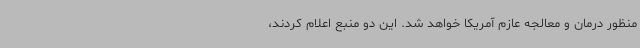
منظور درمان و معالجه عازم آمریکا خواهد شد. این دو منبع اعلام کردند،